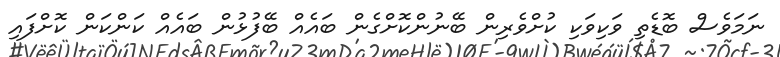
ނަމަވެސް ބޮޑެތި ވަކިވަކި ކުށްވެރިން ބޭނުންކޮށްގެން ބައެއް ބޭފުޅުން ބައެއް ކަންކަން ކޮށްފައި